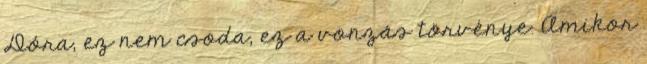
Dóra, ez nem csoda, ez a vonzás törvénye. Amikor